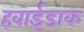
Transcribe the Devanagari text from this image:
हवाईडाक